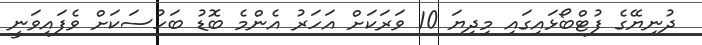
ދުނިޔޭގެ ފުޓްބޯޅައިގައި މިދިޔަ 10 ވަރަކަށް އަހަރު އެންމެ ބޮޑު ބަހުސަކަށް ވެފައިވަނީ